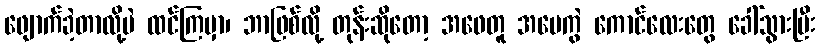
ဖျောက်ခဲ့တာလို့ပဲ ထင်ကြမှာ၊ ဘာဖြစ်လို့ တုန်းဆိုတော့ အဖေတူ အမေကွဲ ကောင်လေးတွေ ခေါ်သွားပြီး